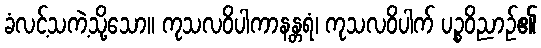
ခံလင့်သကဲ့သို့သော။ ကုသလဝိပါကာနန္တရံ၊ ကုသလဝိပါက် ပဉ္စဝိညာဉ်၏